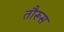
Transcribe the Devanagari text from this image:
तौरूस